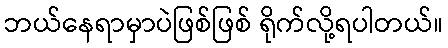
ဘယ်နေရာမှာပဲဖြစ်ဖြစ် ရိုက်လို့ရပါတယ်။